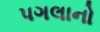
પગલાનો